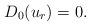
LaTeX: \begin{align*}D_0(u_r)=0.\end{align*}